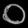
Digit: ၀